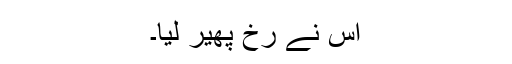
اس نے رخ پھیر لیا۔